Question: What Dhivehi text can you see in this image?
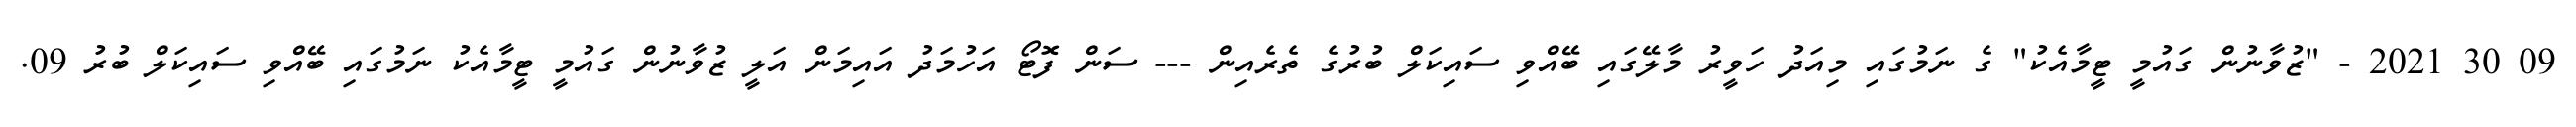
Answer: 09 30 2021 - "ޒުވާނުން ގައުމީ ޓީމާއެކު" ގެ ނަމުގައި މިއަދު ހަވީރު މާލޭގައި ބޭއްވި ސައިކަލް ބުރުގެ ތެރެއިން --- ސަން ފޮޓޯ އަހުމަދު އައިމަން އަލީ ޒުވާނުން ގައުމީ ޓީމާއެކު ނަމުގައި ބޭއްވި ސައިކަލް ބުރު 09.